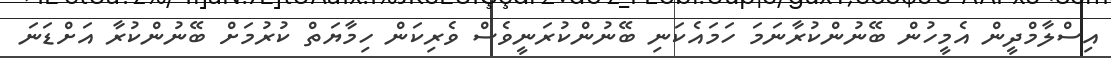
އިސްލާމްދީން އެމީހުން ބޭނުންކުރާނަމަ ހަމައެކަނި ބޭނުންކުރަނީވެސް ވެރިކަން ހިމާޔަތް ކުރުމަށް ބޭނުންކުރާ އަށްޑަނަ